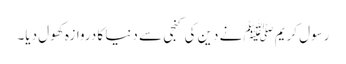
رسول کریمﷺ نے دین کی کنجی سے دنیا کا دروازہ کھول دیا۔